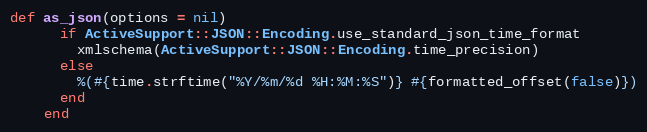
Language: Ruby
def as_json(options = nil)
      if ActiveSupport::JSON::Encoding.use_standard_json_time_format
        xmlschema(ActiveSupport::JSON::Encoding.time_precision)
      else
        %(#{time.strftime("%Y/%m/%d %H:%M:%S")} #{formatted_offset(false)})
      end
    end